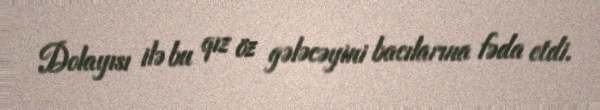
Dolayısı ilə bu qız öz gələcəyini bacılarına fəda etdi.